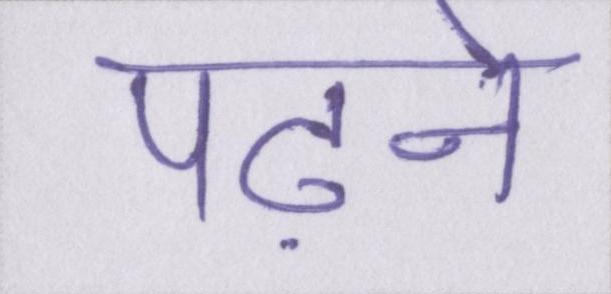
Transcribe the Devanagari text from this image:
पढ़ने